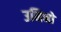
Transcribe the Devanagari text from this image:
उमिनो